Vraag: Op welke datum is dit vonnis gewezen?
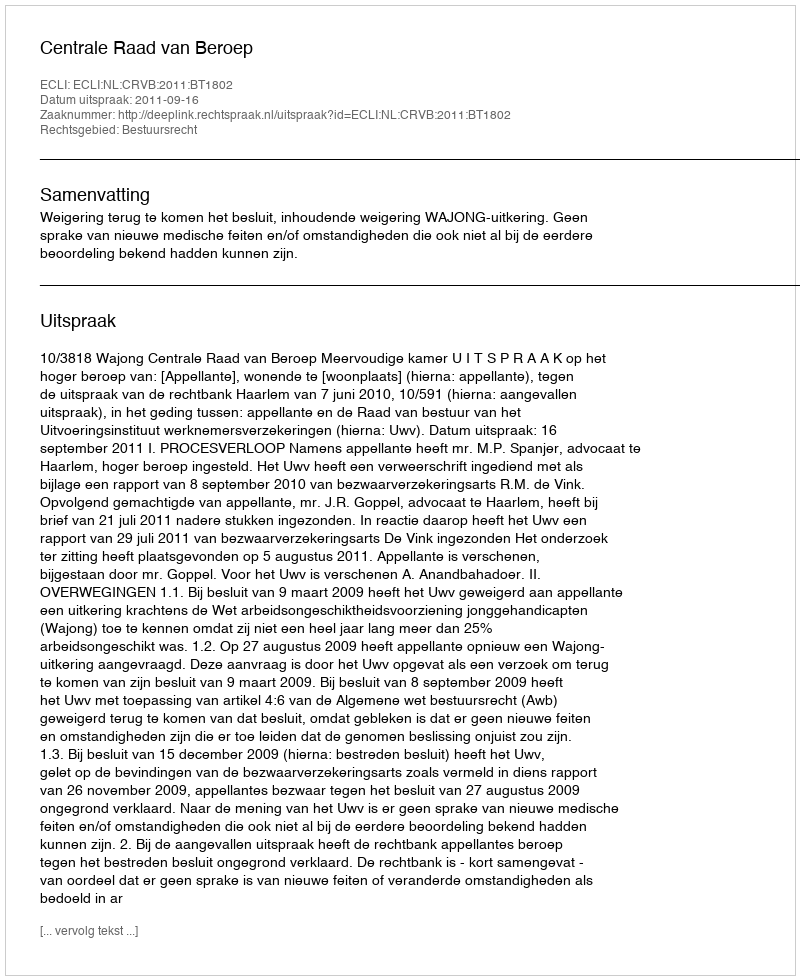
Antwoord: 2011-09-16